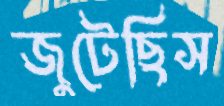
জুটেছিস